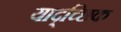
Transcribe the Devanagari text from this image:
याद्च्छिक